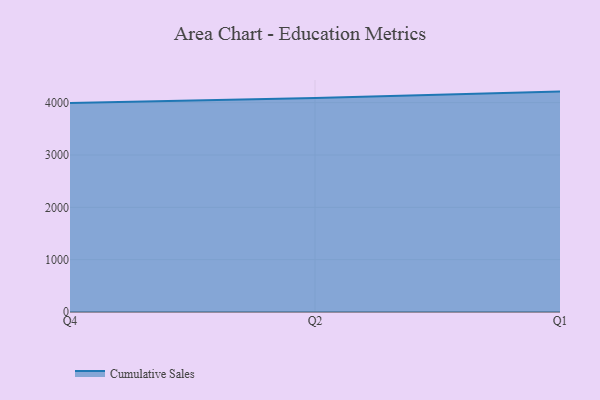
{"axis": {"x": "Quarter", "y": "Production Output"}, "legend": ["Cumulative Sales"], "data": [{"x": "Q4", "y": 3993.6, "type": "Cumulative Sales"}, {"x": "Q2", "y": 4086.7, "type": "Cumulative Sales"}, {"x": "Q1", "y": 4210.8, "type": "Cumulative Sales"}]}